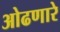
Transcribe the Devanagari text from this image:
ओढणारे